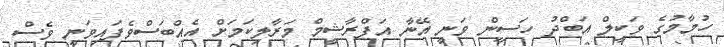
ހުމާމުގެ ވަކީލް އަބްދު ހަސީން ވަނީ އޭނާ އަފްރާޝީމް މަރާލިކަމަށް އެއްބަސްވެފައިވަނީ ވެސް